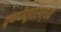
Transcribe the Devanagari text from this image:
कृपापीयूषसिन्धवे